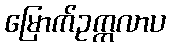
မြောက်ဥက္ကလာပ